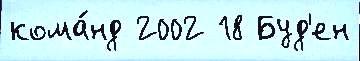
кома́нд 2002 18 Буд'ен